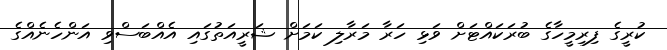
ކުރީގެ ފިރިމީހާގެ ބުރަކައްޓަށް ވަޅި ހަރާ މަރާލި ކަމަށް ޝަރީއަތުގައި އެއްބަސްވި އަންހެނެއްގެ